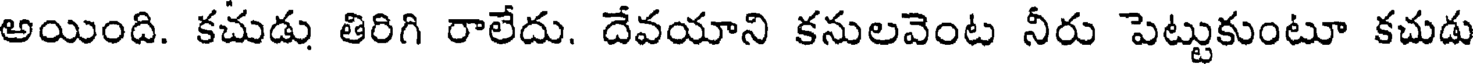
అయింది. కచుడు తిరిగి రాలేదు. దేవయాని కనులవెంట నీరు పెట్టుకుంటూ కచుడు